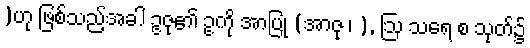
)ဟု ဖြစ်သည့်အခါ ဥဇု၏ ဥကို အာပြု (အာဇု ၊ ), ဩ သရေ စ သုတ်၌